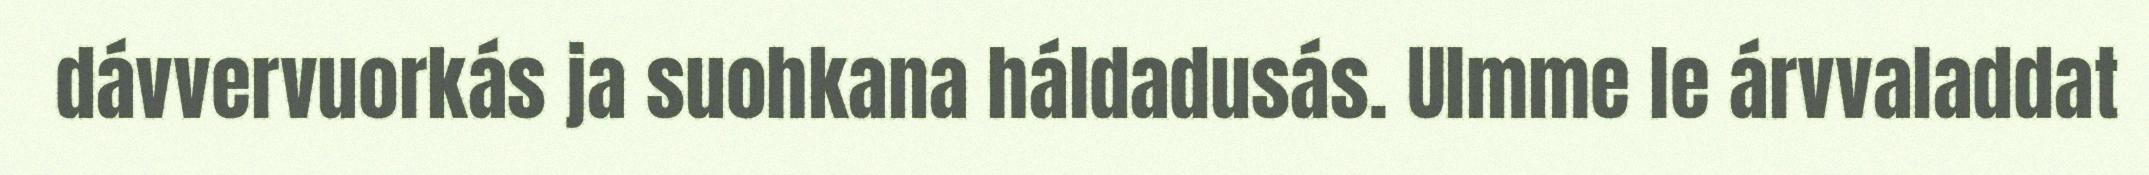
dávvervuorkás ja suohkana háldadusás. Ulmme le árvvaladdat